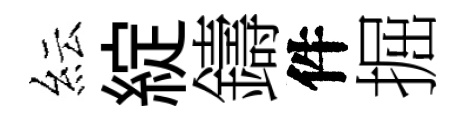
紜綻鑄件掘